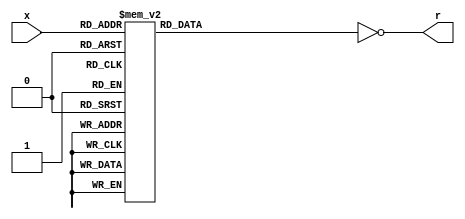
module hexto7segment(
input [3:0]x, output wire [6:0]r);

wire [6:0]z;

always @*
	case (x)
		4'b0000 : z = 7'b1111110;
		4'b0001 : z = 7'b0110000;
		4'b0010 : z = 7'b1101101;
		4'b0011 : z = 7'b1111001;
		4'b0100 : z = 7'b0110011;
		4'b0101 : z = 7'b1011011;
		4'b0110 : z = 7'b1011111;
		4'b0111 : z = 7'b1110000;
		4'b1000 : z = 7'b1111111;
		4'b1001 : z = 7'b1111011;
		4'b1010 : z = 7'b1110111;
		4'b1011 : z = 7'b0011111;
		4'b1100 : z = 7'b1001110;
		4'b1101 : z = 7'b0111101;
		4'b1110 : z = 7'b1001111;
		4'b1111 : z = 7'b1000111;
	endcase
	assign r = ~ z;
endmodule